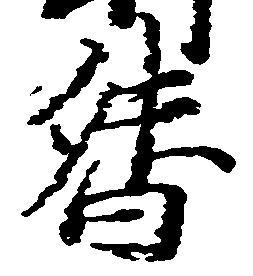
督